Indian journal of veterinary science and animal husbandry - Volume 10,
Year: 1940
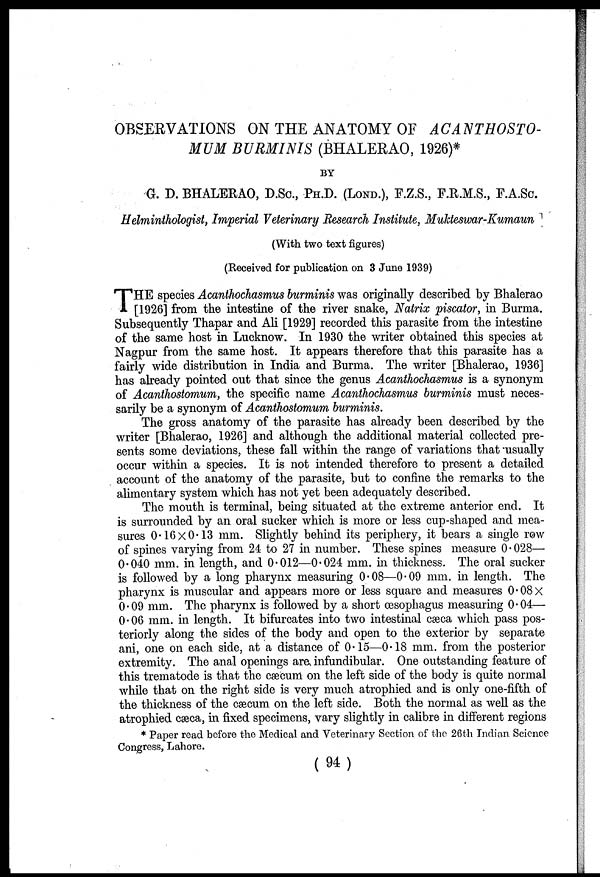
OBSERVATIONS ON THE ANATOMY OF ACANTHOSTO-
MUM BURMINIS (BHALERAO, 1926)*
BY
G. D. BHALERAO, D.Sc., PH.D. (LOND.), F.Z.S., F.R.M.S., F.A.Sc.
Helminthologist, Imperial Veterinary Research Institute, Mukteswar-Kumaun
(With two text figures)
(Received for publication on 3 June 1939)
T HE species Acanthochasmus burminis was originally described by Bhalerao
[1926] from the intestine of the river snake, Natrix piscator, in Burma.
Subsequently Thapar and Ali [1929] recorded this parasite from the intestine
of the same host in Lucknow. In 1930 the writer obtained this species at
Nagpur from the same host. It appears therefore that this parasite has a
fairly wide distribution in India and Burma. The writer [Bhalerao, 1936]
has already pointed out that since the genus Acanthochasmus is a synonym
of Acanthostomum, the specific name Acanthochasmus burminis must neces-
sarily be a synonym of Acanthostomum burminis.
The gross anatomy of the parasite has already been described by the
writer [Bhalerao, 1926] and although the additional material collected pre-
sents some deviations, these fall within the range of variations that usually
occur within a species. It is not intended therefore to present a detailed
account of the anatomy of the parasite, but to confine the remarks to the
alimentary system which has not yet been adequately described.
The mouth is terminal, being situated at the extreme anterior end. It
is surrounded by an oral sucker which is more or less cup-shaped and mea-
sures 0. 16×0.13 mm. Slightly behind its periphery, it bears a single row
of spines varying from 24 to 27 in number. These spines measure 0.028—
0.040 mm. in length, and 0.012—0.024 mm. in thickness. The oral sucker
is followed by a long pharynx measuring 0.08—0-09 mm. in length. The
pharynx is muscular and appears more or less square and measures 0.08×
0.09 mm. The pharynx is followed by a short œsophagus measuring 0.04—
0.06 mm. in length. It bifurcates into two intestinal cæca which pass pos-
teriorly along the sides of the body and open to the exterior by separate
ani, one on each side, at a distance of 0.15—0.18 mm. from the posterior
extremity. The anal openings are infundibular. One outstanding feature of
this trematode is that the cæcum on the left side of the body is quite normal
while that on the right side is very much atrophied and is only one-fifth of
the thickness of the cæcum on the left side. Both the normal as well as the
atrophied cæca, in fixed specimens, vary slightly in calibre in different regions
* Paper read before the Medical and Veterinary Section of the 26th Indian. Science
Congress, Lahore.
(94)